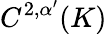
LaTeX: C^{2,\alpha^{\prime}}(K)